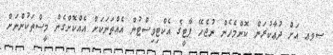
ޞވޢ އަށް ދުޢާކުރަން ކޮންމެހެން ނުޖެހޭ ޕާޓީގެ އެކްޓިވިސްޓުން އެއްތަނަކަށް އެއްކޮށްގެން މީސްތަކުންނަށް